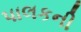
પાલકની